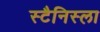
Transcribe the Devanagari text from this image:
स्टैनिस्ला